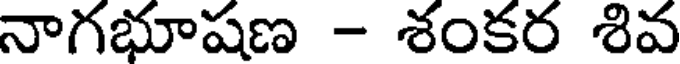
నాగభూషణ - శంకర శివ